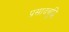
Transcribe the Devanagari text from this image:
प्रसादबुद्धि